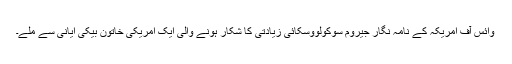
وائس آف امریکہ کے نامہ نگار جیروم سوکولووسکائی زیادتی کا شکار ہونے والی ایک امریکی خاتون بیکی ایانی سے ملے۔